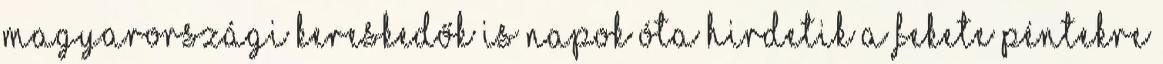
magyarországi kereskedők is napok óta hirdetik a fekete péntekre